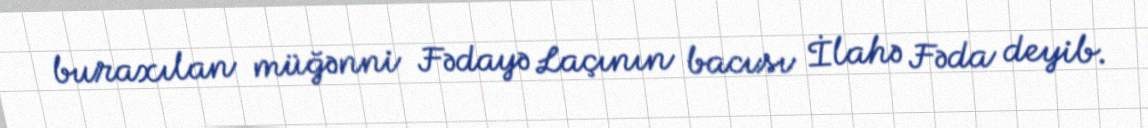
buraxılan müğənni Fədayə Laçının bacısı İlahə Fəda deyib.